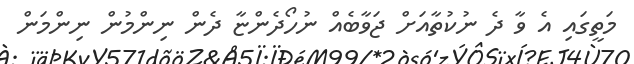
މަތީގައި އެ ވާ ދެ ނުކުތާއަށް ޖަވާބެއް ނުހޯދެންޏާ ދެން ނިންމުން ނިންމަން